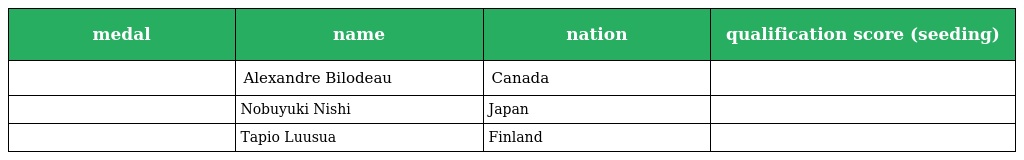
| medal | name | nation | qualification score (seeding) |
 | --- | --- | --- | --- |
 |  | Alexandre Bilodeau | Canada |  |
 |  | Nobuyuki Nishi | Japan |  |
 |  | Tapio Luusua | Finland |  |